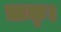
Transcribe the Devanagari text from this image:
ऋक्।